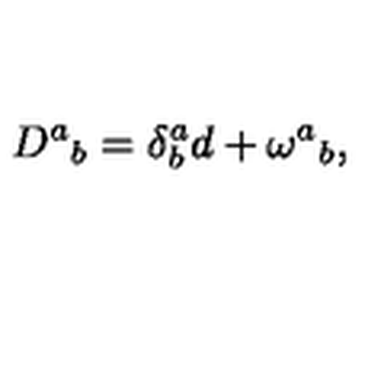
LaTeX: D ^ { a } { } _ { b } = \delta _ { b } ^ { a } d + \omega ^ { a } { } _ { b } ,